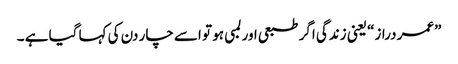
”عمر دراز“ یعنی زندگی اگر طبعی اور لمبی ہو تو اسے چار دن کی کہا گیا ہے ۔